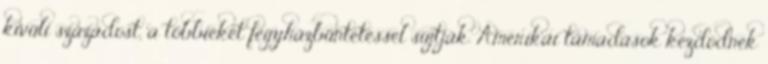
kívüli századost, a többieket fegyházbüntetéssel sújtják. Amerikai támadások kezdõdnek